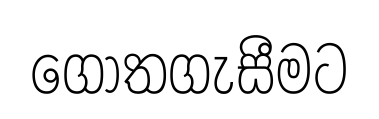
ගොතගැසීමට